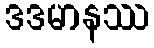
ဒဒမာနဿ